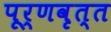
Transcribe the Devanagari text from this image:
पूर्णवृत्त